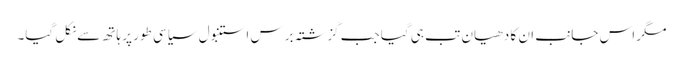
مگر اس جانب ان کا دھیان تب ہی گیا جب گزشتہ برس استنبول سیاسی طور پر ہاتھ سے نکل گیا۔